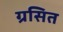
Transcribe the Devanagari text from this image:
ग्रसित